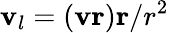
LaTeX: \mathbf{v}_{l}=\left(\mathbf{v}\mathbf{r}\right)\mathbf{r}/r^{2}